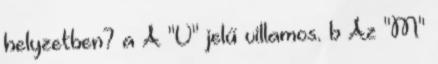
helyzetben? a A "V" jelű villamos. b Az "M"